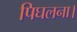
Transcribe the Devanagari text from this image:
पिघलना।